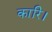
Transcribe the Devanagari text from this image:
कारि।